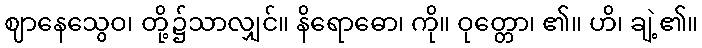
ဈာနေသွေဝ၊ တို့၌သာလျှင်။ နိရောဓော၊ ကို။ ဝုတ္တော၊ ၏။ ဟိ၊ ချဲ့၏။